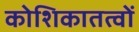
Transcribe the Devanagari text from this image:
कोशिकातत्वों